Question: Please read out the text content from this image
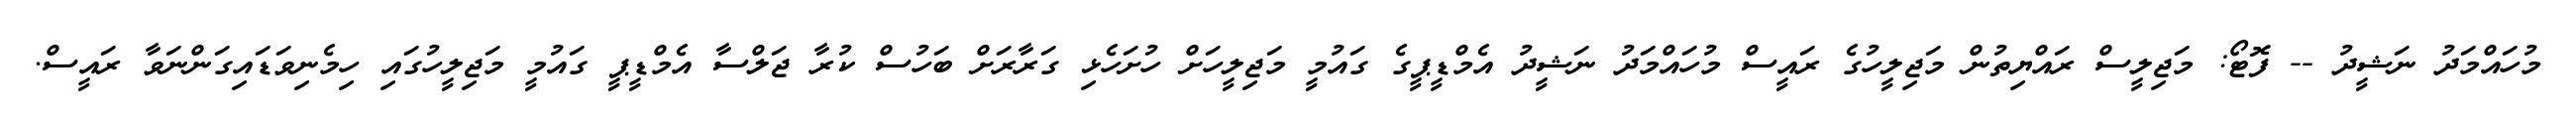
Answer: މުހައްމަދު ނަޝީދު -- ފޮޓޯ: މަޖިލީސް ރައްޔިތުން މަޖިލީހުގެ ރައީސް މުހައްމަދު ނަޝީދު އެމްޑީޕީގެ ގައުމީ މަޖިލީހަށް ހުށަހެޅި ގަރާރަށް ބަހުސް ކުރާ ޖަލްސާ އެމްޑީޕީ ގައުމީ މަޖިލީހުގައި ހިމެނިވަޑައިގަންނަވާ ރައީސް.